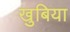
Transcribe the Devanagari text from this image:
खुबिया